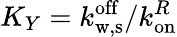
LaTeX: K_{Y}=k_{\mathrm{w,s}}^{\mathrm{off}}/k_{\mathrm{on}}^{R}